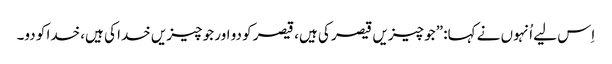
‏ اِس لیے اُنہوں نے کہا:‏ ”‏جو چیزیں قیصر کی ہیں،‏ قیصر کو دو اور جو چیزیں خدا کی ہیں،‏ خدا کو دو۔